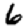
Digit: 6